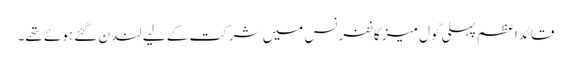
قائداعظم پہلی گول میز کانفرنس میں شرکت کے لیے لندن گئے ہوئے تھے۔